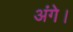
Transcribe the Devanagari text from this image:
अंगे।